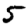
Digit: 5